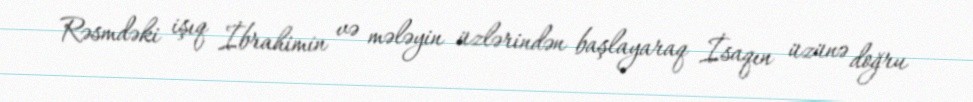
Rəsmdəki işıq İbrahimin və mələyin üzlərindən başlayaraq İsaqın üzünə doğru